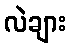
လဲချား